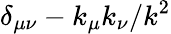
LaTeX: \delta_{\mu\nu}-k_{\mu}k_{\nu}/k^{2}